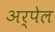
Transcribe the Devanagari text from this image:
अर्पेल